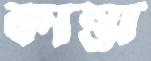
কান্তা